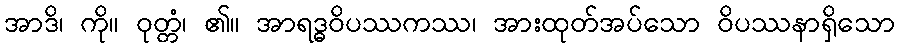
အာဒိ၊ ကို။ ဝုတ္တံ၊ ၏။ အာရဒ္ဓဝိပဿကဿ၊ အားထုတ်အပ်သော ဝိပဿနာရှိသော